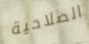
الصلاحية